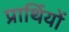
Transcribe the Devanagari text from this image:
प्रार्थियों